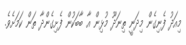
މިއަދު ފެނިގެން މިދަނީ ތިނަދޫ މުޅިން އާ ބާބަކުން ފެށިގެންދާ ތަން ކަމަށެވެ.